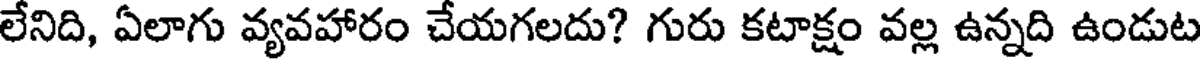
లేనిది, ఏలాగు వ్యవహారం చేయగలదు? గురు కటాక్షం వల్ల ఉన్నది ఉండుట